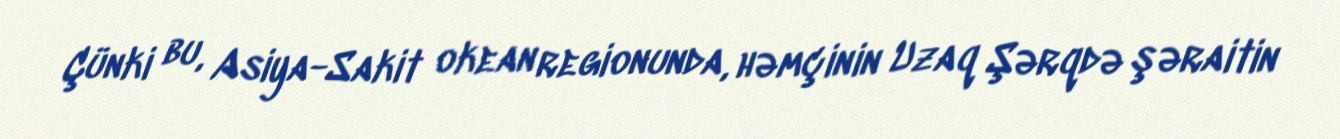
Çünki bu, Asiya-Sakit okean regionunda, həmçinin Uzaq Şərqdə şəraitin